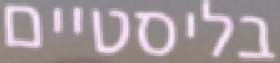
בליסטיים